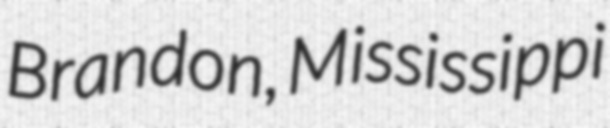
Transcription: Brandon, Mississippi